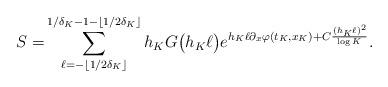
LaTeX: \begin{align*} S= & \sum_{\ell=-\lfloor 1/2\delta_K\rfloor}^{1/\delta_K-1-\lfloor 1/2\delta_K\rfloor} h_K G\big(h_K\ell \big)e^{h_K\ell\partial_x\varphi(t_K,x_K)+C\frac{(h_K\ell)^2}{\log K}}.\end{align*}